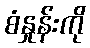
စံနှုန်းကို